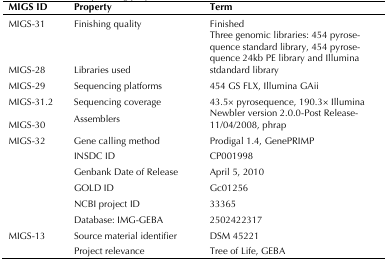
| MIGS ID | Property | Term |
 | --- | --- | --- |
 | MIGS-31 | Finishing quality | Finished |
 | MIGS-28 | Libraries used | Three genomic libraries: 454 pyrosequence standard library,454 pyrosequence 24kb PE libraryand Illumina stdandard library |
 | MIGS-29 | Sequencing platforms | 454 GS FLX, Illumina GAii |
 | MIGS-31.2 | Sequencing coverage | 43.5× pyrosequence, 190.3× Illumina |
 | MIGS-30 | Assemblers | Newbler version 2.0.0-PostRelease-11/04/2008, phrap |
 | MIGS-32 | Gene calling method | Prodigal 1.4, GenePRIMP |
 |  | INSDC ID | CP001998 |
 |  | Genbank Date of Release | April 5, 2010 |
 |  | GOLD ID | Gc01256 |
 |  | NCBI project ID | 33365 |
 |  | Database: IMG-GEBA | 2502422317 |
 | MIGS-13 | Source material identifier | DSM 45221 |
 |  | Project relevance | Tree of Life, GEBA |